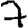
Digit: 7